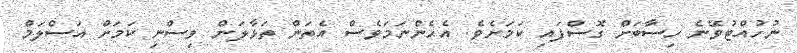
ނުހުއްޓުވޭނެ ހިސާބަށް ގޮސްފައި ކަމަށެވެ. އެހެންނަމަވެސް އެތަން ތަޅާލަން ވިސްނި ކަމަށް އަސްލަމް